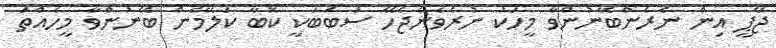
ޖޭޕީ އިން ނެރެންބޭނުންވާ މީހަކު ނުރެވެނެޖެހޭ ސަބަބަކީ ކޮބާ ކަލޭމެން ބޭނުންވާ މީހެއްތަ